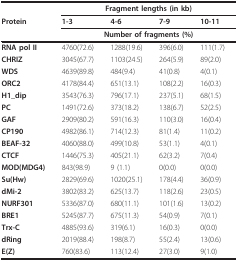
<table><thead><tr><td></td><td colspan="4"><b>Fragment lengths (in kb)</b></td></tr><tr><td><b>Protein</b></td><td><b>1-3</b></td><td><b>4-6</b></td><td><b>7-9</b></td><td><b>10-11</b></td></tr><tr><td></td><td colspan="4"><b>Number of fragments (%)</b></td></tr></thead><tbody><tr><td><b>RNA pol II</b></td><td>4760(72.6)</td><td>1288(19.6)</td><td>396(6.0)</td><td>111(1.7)</td></tr><tr><td><b>CHRIZ</b></td><td>3045(67.7)</td><td>1103(24.5)</td><td>264(5.9)</td><td>89(2.0)</td></tr><tr><td><b>WDS</b></td><td>4639(89.8)</td><td>484(9.4)</td><td>41(0.8)</td><td>4(0.1)</td></tr><tr><td><b>ORC2</b></td><td>4178(84.4)</td><td>651(13.1)</td><td>108(2.2)</td><td>16(0.3)</td></tr><tr><td><b>H1_dip</b></td><td>3543(76.3)</td><td>796(17.1)</td><td>237(5.1)</td><td>68(1.5)</td></tr><tr><td><b>PC</b></td><td>1491(72.6)</td><td>373(18.2)</td><td>138(6.7)</td><td>52(2.5)</td></tr><tr><td><b>GAF</b></td><td>2909(80.2)</td><td>591(16.3)</td><td>110(3.0)</td><td>16(0.4)</td></tr><tr><td><b>CP190</b></td><td>4982(86.1)</td><td>714(12.3)</td><td>81(1.4)</td><td>11(0.2)</td></tr><tr><td><b>BEAF-32</b></td><td>4060(88.0)</td><td>499(10.8)</td><td>53(1.1)</td><td>4(0.1)</td></tr><tr><td><b>CTCF</b></td><td>1446(75.3)</td><td>405(21.1)</td><td>62(3.2)</td><td>7(0.4)</td></tr><tr><td><b>MOD(MDG4)</b></td><td>843(98.9)</td><td>9 (1.1)</td><td>0(0.0)</td><td>0(0.0)</td></tr><tr><td><b>Su(Hw)</b></td><td>2829(69.6)</td><td>1020(25.1)</td><td>178(4.4)</td><td>36(0.9)</td></tr><tr><td><b>dMi-2</b></td><td>3802(83.2)</td><td>625(13.7)</td><td>118(2.6)</td><td>23(0.5)</td></tr><tr><td><b>NURF301</b></td><td>5336(87.0)</td><td>680(11.1)</td><td>101(1.6)</td><td>13(0.2)</td></tr><tr><td><b>BRE1</b></td><td>5245(87.7)</td><td>675(11.3)</td><td>54(0.9)</td><td>7(0.1)</td></tr><tr><td><b>Trx-C</b></td><td>4885(93.6)</td><td>319(6.1)</td><td>16(0.3)</td><td>0(0.0)</td></tr><tr><td><b>dRing</b></td><td>2019(88.4)</td><td>198(8.7)</td><td>55(2.4)</td><td>13(0.6)</td></tr><tr><td><b>E(Z)</b></td><td>760(83.6)</td><td>113(12.4)</td><td>27(3.0)</td><td>9(1.0)</td></tr></tbody></table>